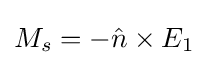
M_{s}=-{\hat {n}}\times E_{1}